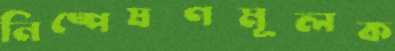
নিষ্পেষণমূলক